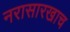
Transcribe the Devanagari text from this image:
नरासारखाच